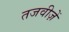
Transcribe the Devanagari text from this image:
तजवीज़ें